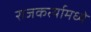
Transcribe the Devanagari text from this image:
राजकर्त्यामध्ये